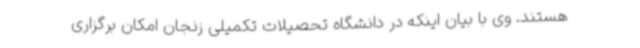
هستند. وی با بیان اینکه در دانشگاه تحصیلات تکمیلی زنجان امکان برگزاری